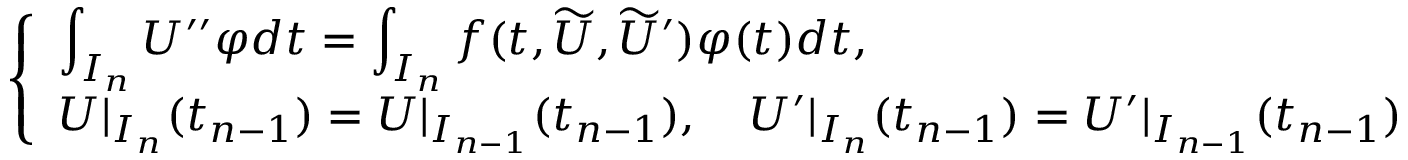
\begin{array} { r } { \left\{ \begin{array} { l l } { \displaystyle \int _ { I _ { n } } U ^ { \prime \prime } \varphi d t = \displaystyle \int _ { I _ { n } } f ( t , \widetilde { U } , \widetilde { U } ^ { \prime } ) \varphi ( t ) d t , } \\ { U | _ { I _ { n } } ( t _ { n - 1 } ) = U | _ { I _ { n - 1 } } ( t _ { n - 1 } ) , \quad U ^ { \prime } | _ { I _ { n } } ( t _ { n - 1 } ) = U ^ { \prime } | _ { I _ { n - 1 } } ( t _ { n - 1 } ) } \end{array} \right. } \end{array}